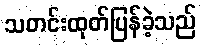
သတင်းထုတ်ပြန်ခဲ့သည်